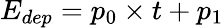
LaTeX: E_{dep}=p_{0}\times t+p_{1}